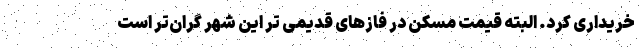
خریداری کرد. البته قیمت مسکن در فازهای قدیمی تر این شهر گران‌تر است